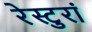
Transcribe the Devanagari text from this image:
रेस्टुरां